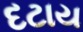
દટાય